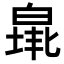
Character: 𤾐